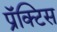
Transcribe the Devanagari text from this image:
प्रॅक्‍टिस